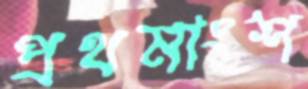
প্রথমাংশ